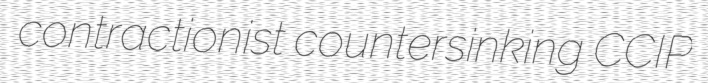
contractionist countersinking CCIP